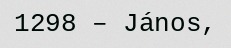
1298 – János,